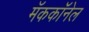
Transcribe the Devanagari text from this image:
मॅककॉनेल